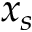
x _ { s }